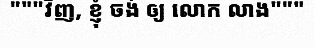
"""វិញ, ខ្ញុំ ចង់ ឲ្យ លោក លាង"""